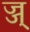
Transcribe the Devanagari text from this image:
ज्ज्